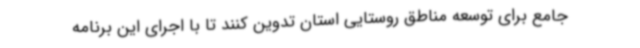
جامع برای توسعه مناطق روستایی استان تدوین کنند تا با اجرای این برنامه